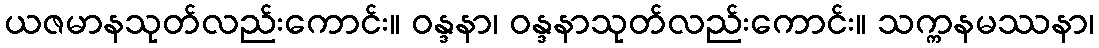
ယဇမာနသုတ်လည်းကောင်း။ ဝန္ဒနာ၊ ဝန္ဒနာသုတ်လည်းကောင်း။ သက္ကနမဿနာ၊